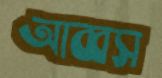
আব্বস